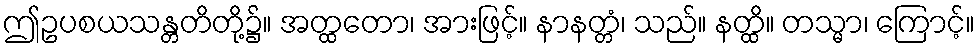
ဤဥပစယသန္တတိတို့၌။ အတ္ထတော၊ အားဖြင့်။ နာနတ္တံ၊ သည်။ နတ္ထိ။ တသ္မာ၊ ကြောင့်။